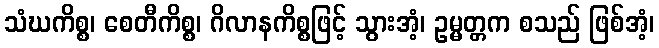
သံဃကိစ္စ၊ စေတီကိစ္စ၊ ဂိလာနကိစ္စဖြင့် သွားအံ့၊ ဥမ္မတ္တက စသည် ဖြစ်အံ့၊